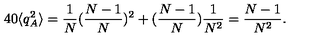
4 0 \langle q _ { A } ^ { 2 } \rangle = \frac { 1 } { N } ( \frac { N - 1 } { N } ) ^ { 2 } + ( \frac { N - 1 } { N } ) \frac { 1 } { N ^ { 2 } } = \frac { N - 1 } { N ^ { 2 } } .